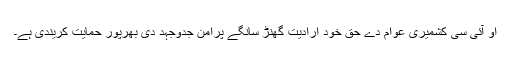
او آئی سی کشمیری عوام دے حق خود ارادیت گھنڑ سانگے پرامن جدوجہد دی بھرپور حمایت کریندی ہے۔